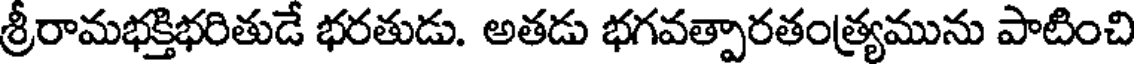
శ్రీరామభక్తిభరితుడే భరతుడు. అతడు భగవత్పారతంత్ర్యమును పాటించి